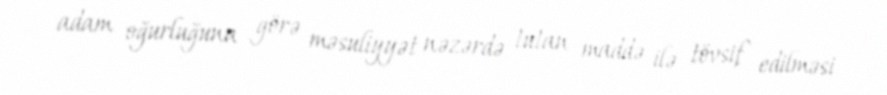
adam oğurluğuna görə məsuliyyət nəzərdə tutan maddə ilə tövsif edilməsi